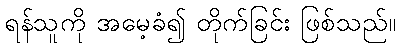
ရန်သူကို အမေ့ခံ၍ တိုက်ခြင်း ဖြစ်သည်။